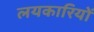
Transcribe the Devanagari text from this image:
लयकारियों